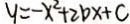
y = - x ^ { 2 } + 2 b x + c